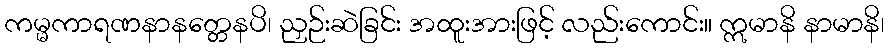
ကမ္မကာရဏနာနတ္တေနပိ၊ ညှဉ်းဆဲခြင်း အထူးအားဖြင့် လည်းကောင်း။ ဣမာနိ နာမာနိ၊